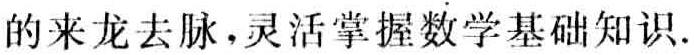
的来龙去脉，灵活掌握数学基础知识.